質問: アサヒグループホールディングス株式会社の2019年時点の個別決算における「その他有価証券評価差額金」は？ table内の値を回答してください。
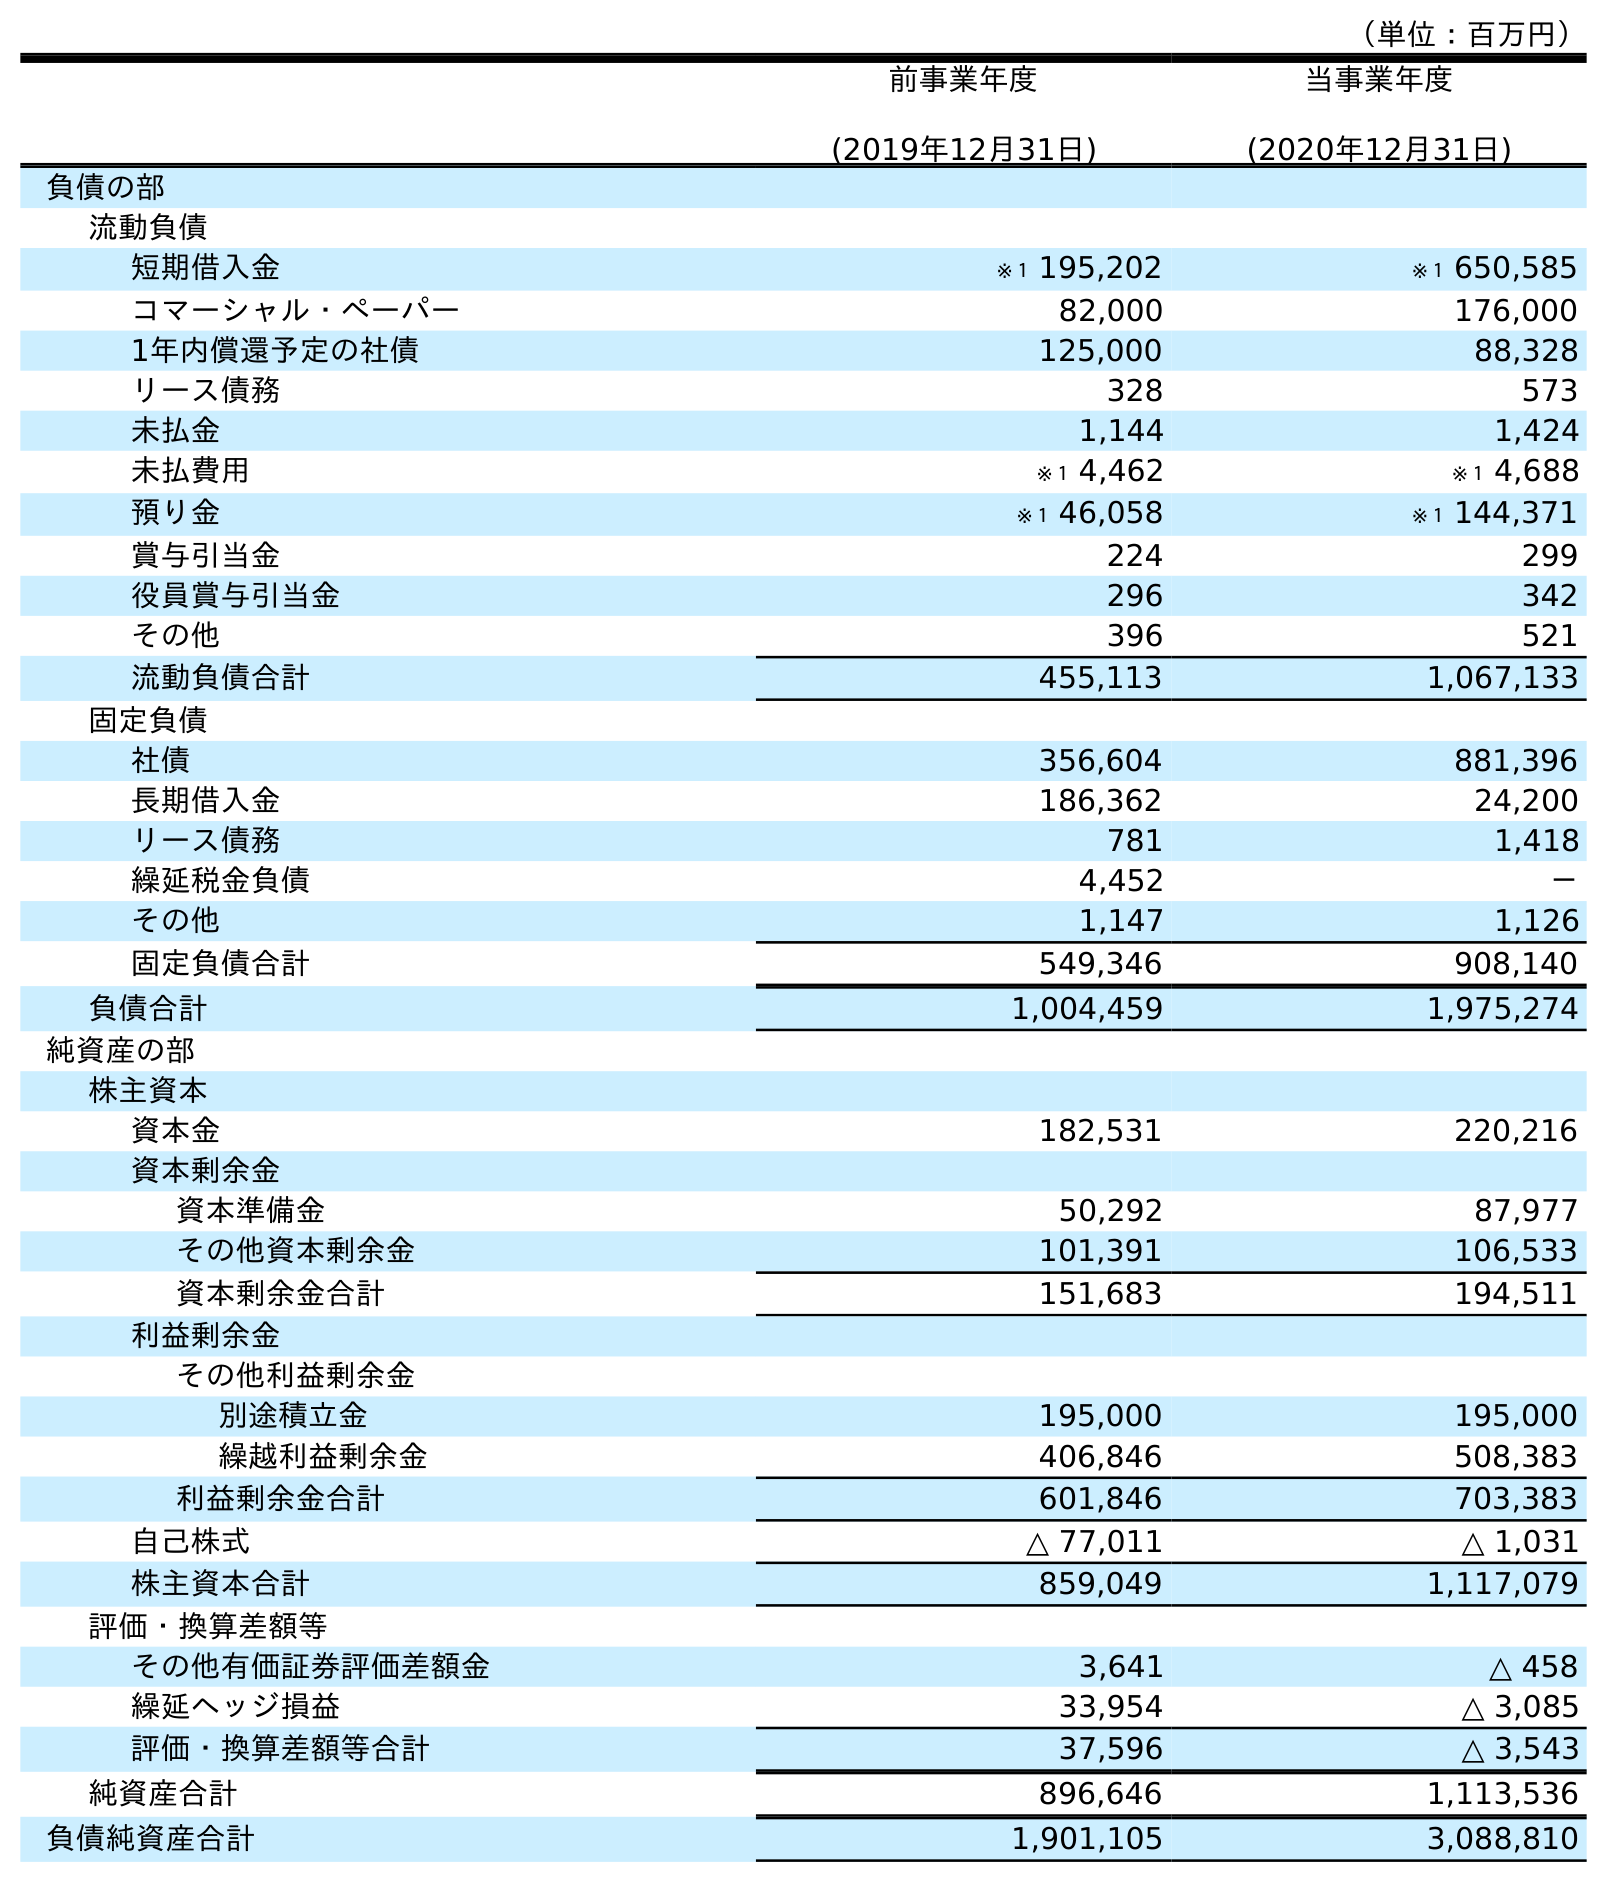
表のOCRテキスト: （単位：百万円） 前事業年度 (2019年12月31日) 当事業年度 (2020年12月31日) 負債の部 流動負債 短期借入金 ※１ 195,202 ※１ 650,585 コマーシャル・ペーパー 82,000 176,000 1年内償還予定の社債 125,000 88,328 リース債務 328 573 未払金 1,144 1,424 未払費用 ※１ 4,462 ※１ 4,688 預り金 ※１ 46,058 ※１ 144,371 賞与引当金 224 299 役員賞与引当金 296 342 その他 396 521 流動負債合計 455,113 1,067,133 固定負債 社債 356,604 881,396 長期借入金 186,362 24,200 リース債務 781 1,418 繰延税金負債 4,452 － その他 1,147 1,126 固定負債合計 549,346 908,140 負債合計 1,004,459 1,975,274 純資産の部 株主資本 資本金 182,531 220,216 資本剰余金 資本準備金 50,292 87,977 その他資本剰余金 101,391 106,533 資本剰余金合計 151,683 194,511 利益剰余金 その他利益剰余金 別途積立金 195,000 195,000 繰越利益剰余金 406,846 508,383 利益剰余金合計 601,846 703,383 自己株式 △ 77,011 △ 1,031 株主資本合計 859,049 1,117,079 評価・換算差額等 その他有価証券評価差額金 3,641 △ 458 繰延ヘッジ損益 33,954 △ 3,085 評価・換算差額等合計 37,596 △ 3,543 純資産合計 896,646 1,113,536 負債純資産合計 1,901,105 3,088,810
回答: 3,641